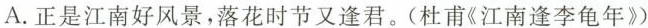
A.正是江南好风景，落花时节又逢君。(杜甫《江南逢李龟年》)